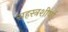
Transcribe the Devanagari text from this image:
सहस्त्रशीर्षा